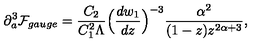
\partial _ { a } ^ { 3 } { \cal F } _ { g a u g e } = \frac { C _ { 2 } } { C _ { 1 } ^ { 2 } \Lambda } \Big ( \frac { d w _ { 1 } } { d z } \Big ) ^ { - 3 } \frac { \alpha ^ { 2 } } { ( 1 - z ) z ^ { 2 \alpha + 3 } } ,